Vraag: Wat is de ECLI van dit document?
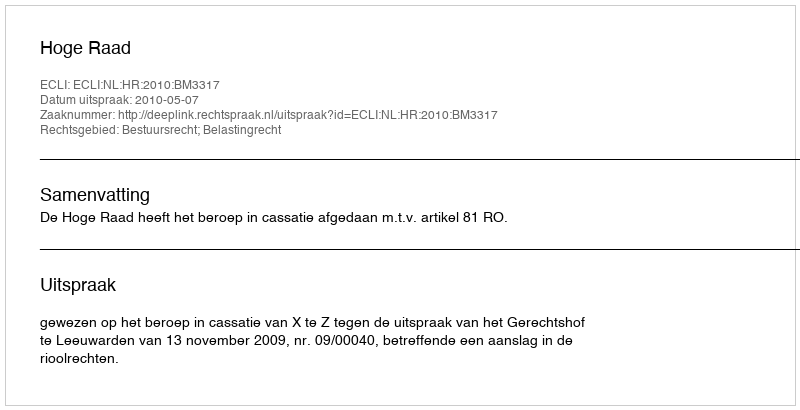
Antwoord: ECLI:NL:HR:2010:BM3317